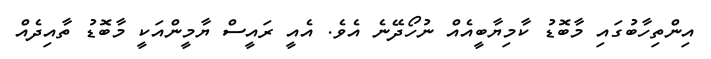
އިންތިހާބުގައި މާބޮޑު ކާމިޔާބީއެއް ނުހޯދޭނެ އެވެ. އެއީ ރައީސް ޔާމީންއަކީ މާބޮޑު ތާއިދެއް